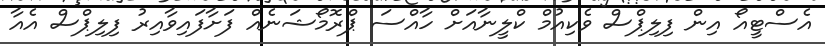
އެސްޓީއޯ އިން ފިލިޕްސް ވެކިއުމް ކްލީނާއަށް ހާއްސަ ޕްރޮމޯޝަނެއް ފަށާފައިވާއިރު ފިލިޕްސް އެއާ